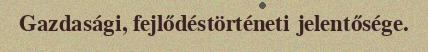
Gazdasági, fejlődéstörténeti jelentősége.